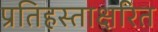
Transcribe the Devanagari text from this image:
प्रतिहस्ताक्षरित